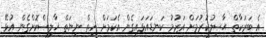
އެ ބަރަކާތް ޙާޞިލުކުރުމަށް އަޒުމު ކަނޑައަޅައިގެން އެކަމަށް ހިތް ނިޔަތް ޚާލިޞްކޮށްގެން އުޅޭ